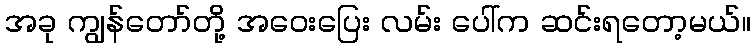
အခု ကျွန်တော်တို့ အဝေးပြေး လမ်း ပေါ်က ဆင်းရတော့မယ်။